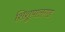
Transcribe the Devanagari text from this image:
शिशुपालगड